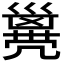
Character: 𠙭